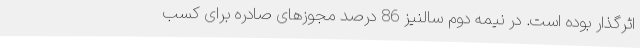
اثرگذار بوده است. در نیمه دوم سالنیز 86 درصد مجوزهای صادره برای کسب